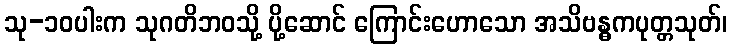
သု-၁၀ပါးက သုဂတိဘဝသို့ ပို့ဆောင် ကြောင်းဟောသော အသိဗန္ဓကပုတ္တသုတ်၊